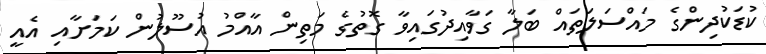
ކުޑަކުދިންގެ މައްސަލަތައް ބަލާ ގަވާއިދުގައިވާ ގޮތުގެ މަތިން އާއްމު އުސޫލުން ކަމަށާއި އެއީ